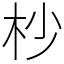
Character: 杪